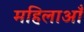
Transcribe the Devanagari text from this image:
महिलाऑँ